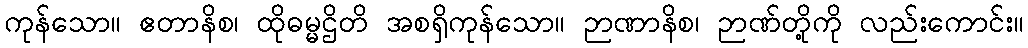
ကုန်သော။ ဧတာနိစ၊ ထိုဓမ္မဌိတိ အစရှိကုန်သော။ ဉာဏာနိစ၊ ဉာဏ်တို့ကို လည်းကောင်း။